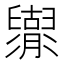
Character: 𦦬